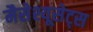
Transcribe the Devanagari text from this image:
मैसेश्यूसेट्स